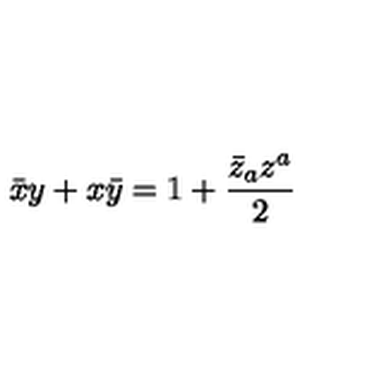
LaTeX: \bar { x } y + x \bar { y } = 1 + \frac { \bar { z } _ { a } z ^ { a } } { 2 }